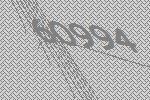
60994